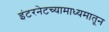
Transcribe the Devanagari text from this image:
इंटरनेटच्यामाध्यमातून